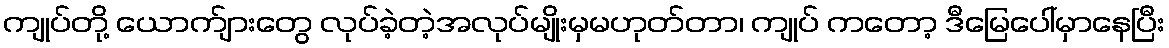
ကျုပ်တို့ ယောက်ျားတွေ လုပ်ခဲ့တဲ့အလုပ်မျိုးမှမဟုတ်တာ၊ ကျုပ် ကတော့ ဒီမြေပေါ်မှာနေပြီး